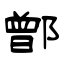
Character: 鄫